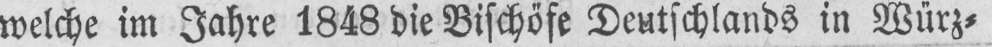
welche im Jahre 1848 die Bischöfe Deutschlands in Würz⸗